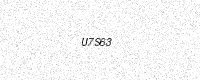
Text: U7S63